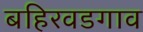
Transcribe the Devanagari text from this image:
बहिरवडगाव